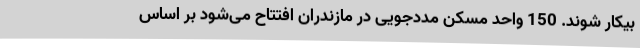
بیکار شوند. 150 واحد مسکن مددجویی در مازندران افتتاح می‌شود بر اساس